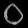
Digit: ၀